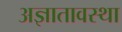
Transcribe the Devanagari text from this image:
अज्ञातावस्था